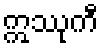
ဣဿုကီ